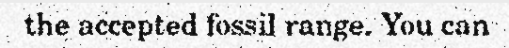
the accepted fossil range. You can